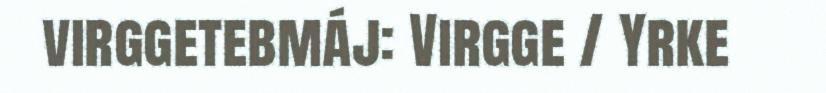
virggetebmáj: Virgge / Yrke